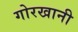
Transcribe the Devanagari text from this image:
गोरखानी